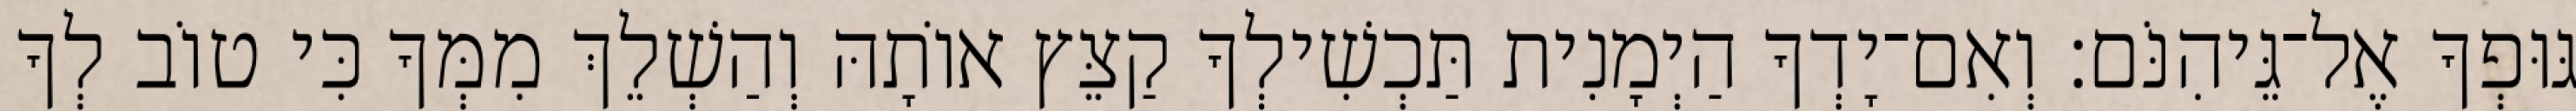
גּוּפְךָ אֶל־גֵּיהִנֹּם׃ וְאִם־יָדְךָ הַיְמָנִית תַּכְשִׁילְךָ קַצֵּץ אוֹתָהּ וְהַשְׁלֵךְ מִמְּךָ כִּי טוֹב לְךָ